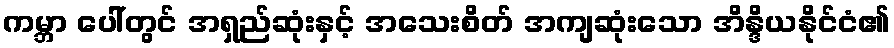
ကမ္ဘာ ပေါ်တွင် အရှည်ဆုံးနှင့် အသေးစိတ် အကျဆုံးသော အိန္ဒိယနိုင်ငံ၏